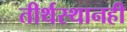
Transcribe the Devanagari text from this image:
तीर्थस्थानही